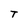
Character: t